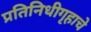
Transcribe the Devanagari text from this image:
प्रतिनिधीगृहाचे